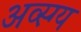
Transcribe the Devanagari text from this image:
अव्स्ग्य